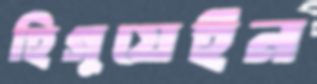
হিগুয়েইন